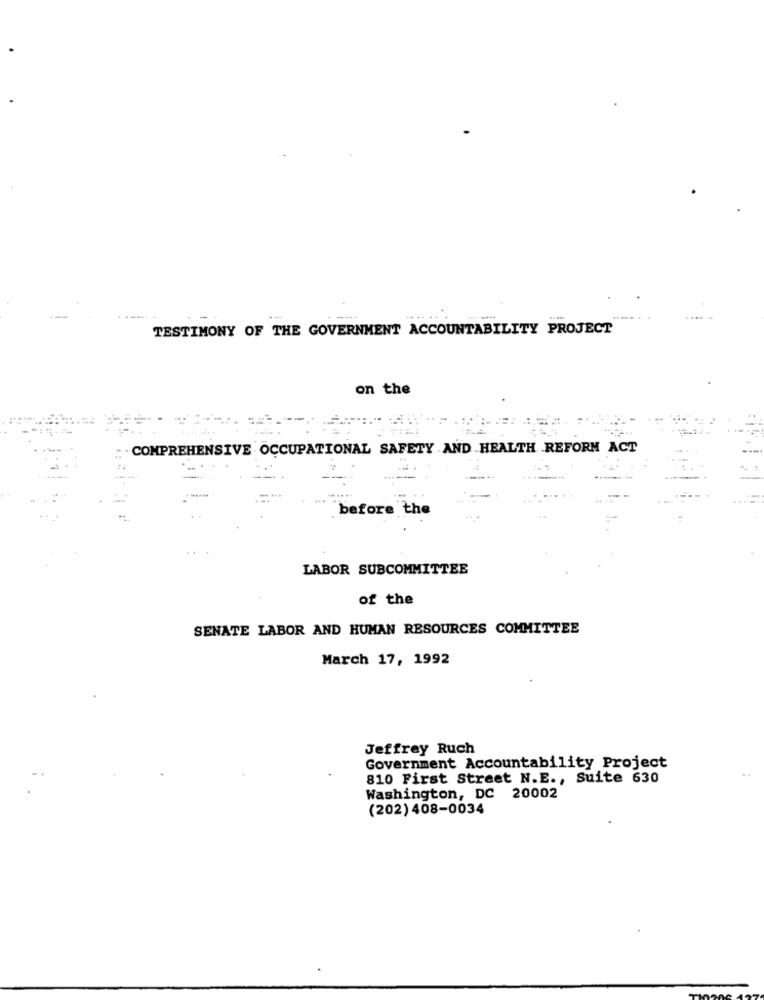
--
--..
TESTIMONY OF THE GOVERNMENT ACCOUNTABILITY PROJECT
on the
COMPREHENSIVE OCCUPATIONAL SAFETY AND HEALTH .REFORM ACT
before the
LABOR SUBCOMMITTEE
of the
SENATE LABOR AND HUMAN RESOURCES COMMITTEE
March 17, 1992
Jeffrey Ruch
Government Accountability Project
810 First Street N.E ., Suite 630
Washington, DC 20002
(202) 408-0034